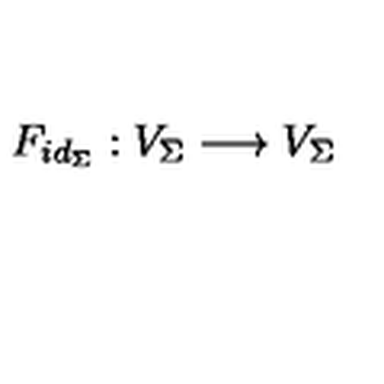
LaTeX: F _ { i d _ { \Sigma } } : V _ { \Sigma } \longrightarrow V _ { \Sigma }